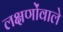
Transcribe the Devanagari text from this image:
लक्षणोंवाले